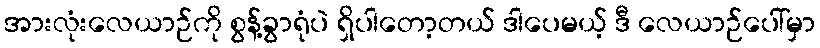
အားလုံးလေယာဉ်ကို စွန့်ခွာရုံပဲ ရှိပါတော့တယ် ဒါပေမယ့် ဒီ လေယာဉ်ပေါ်မှာ